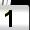
Digit: 1